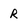
Character: R